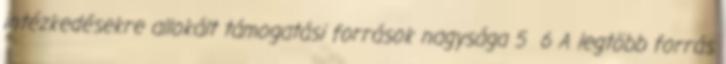
intézkedésekre allokált támogatási források nagysága 5 6 A legtöbb forrás